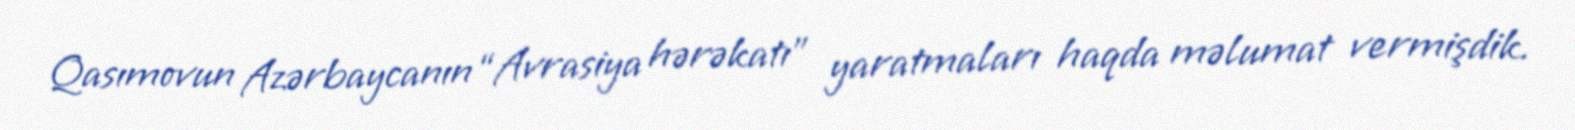
Qasımovun Azərbaycanın “Avrasiya hərəkatı” yaratmaları haqda məlumat vermişdik.